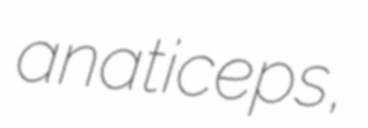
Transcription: anaticeps,